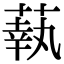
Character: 蓻